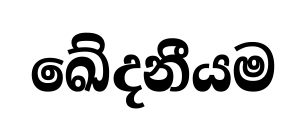
ඛේදනීයම